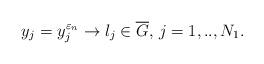
LaTeX: \begin{align*} y_{j}=y_{j}^{\varepsilon _{n}}\rightarrow l_{j}\in \overline{G},\,j=1,..,N_{1}.\end{align*}